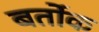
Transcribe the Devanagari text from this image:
बर्तोक